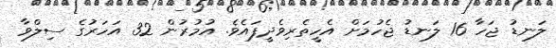
ލަނޑު ޖަހާ 16 ލަނޑު ޖެހުމަށް އެހީތެރިވެދީފައެވެ. އުމުރުން 32 އަހަރުގެ ސިލްވާ